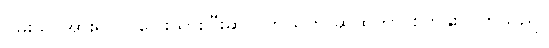
ဝမ်းသာအားရပင် ပြေးသွားပြီးဆိုင် ကယ်ကို ဆွဲထူကာ စက်နှိုးလိုက်သည်။